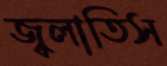
জ্বলাতিস